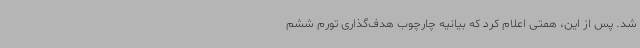
شد. پس از این، همتی اعلام کرد که بیانیه چارچوب هدف‌گذاری تورم ششم